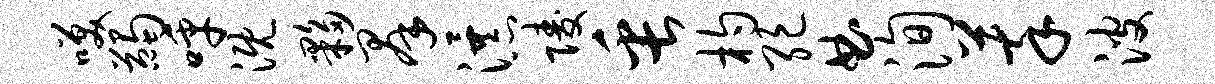
笑蠲呼溉夥群瀑陵缶杓绝曲洵萃波